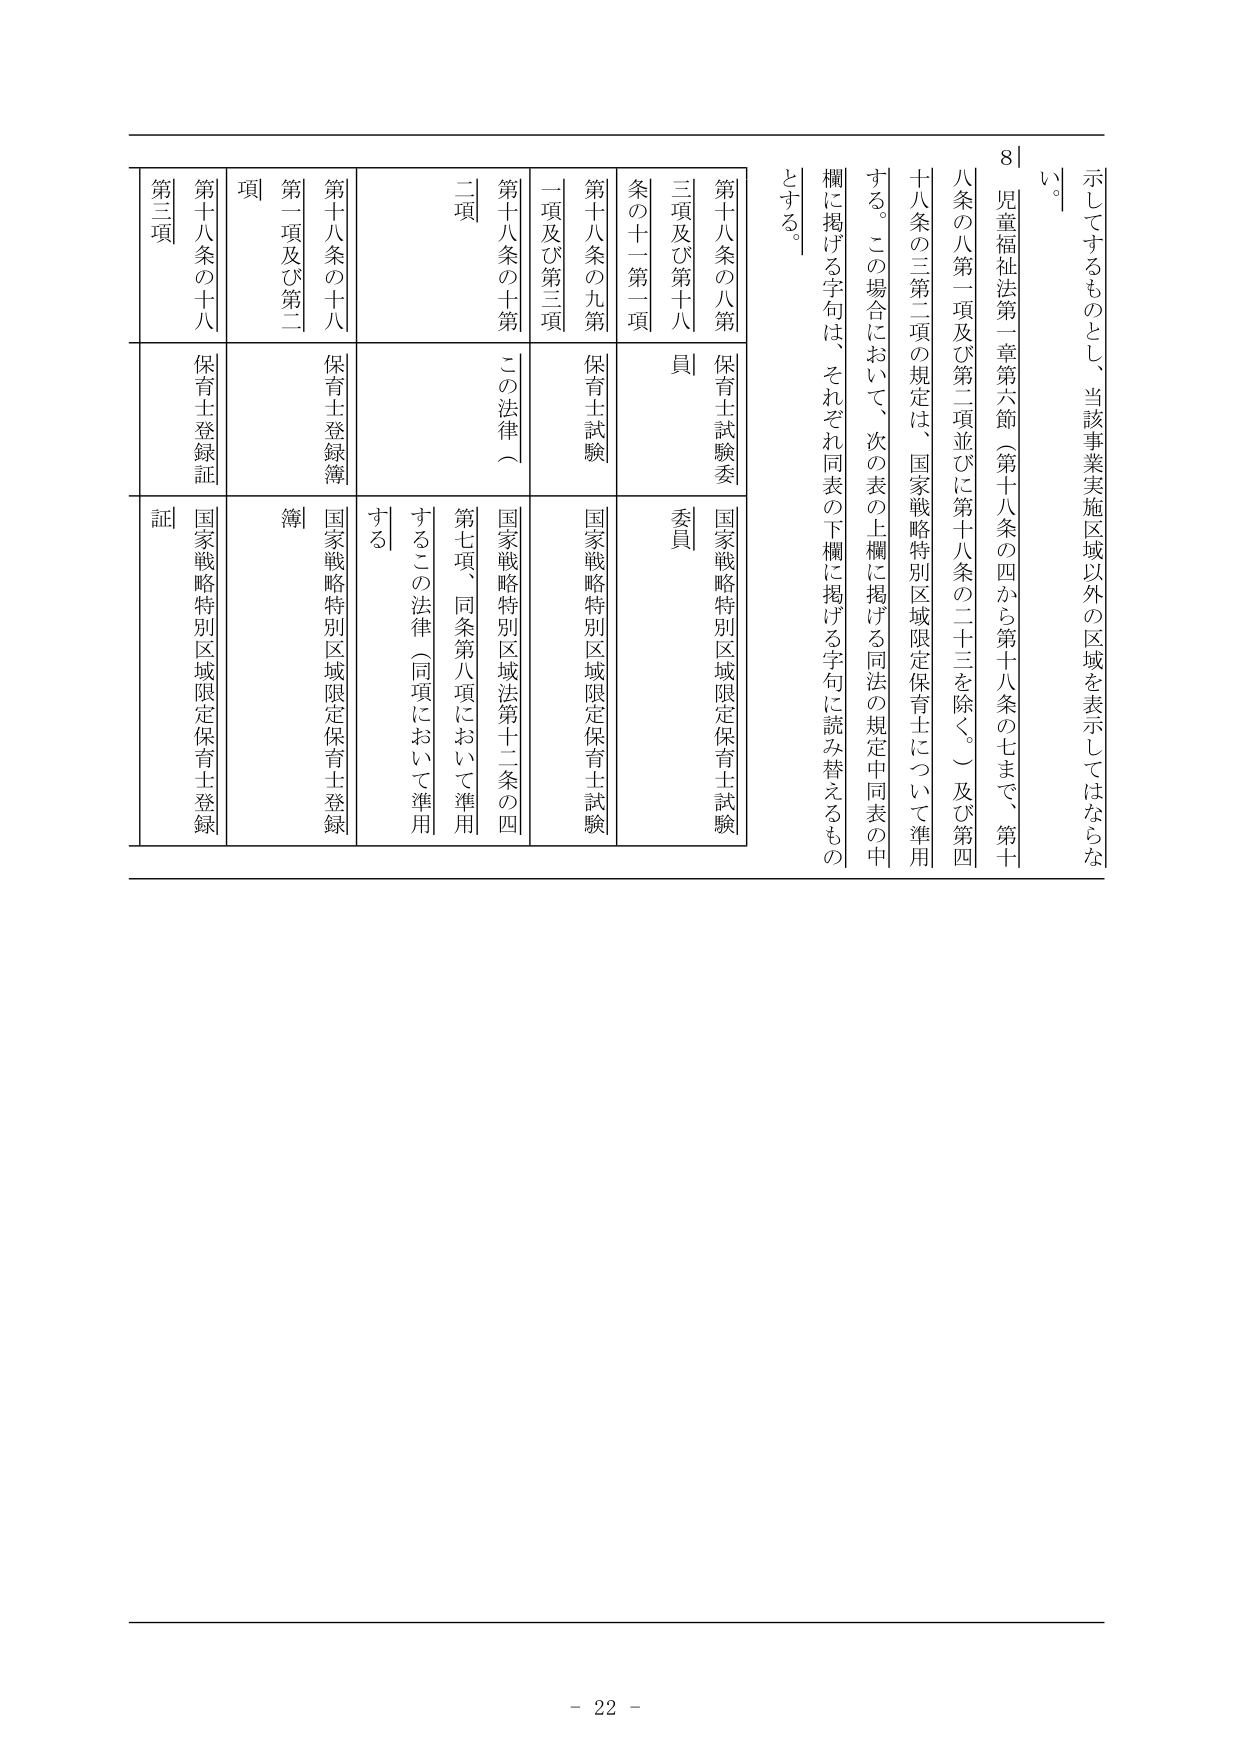
示してするものとし、当該事業実施区域以外の区域を表示してはならな
い。
8
児童福祉法第一章第六節（第十八条の四から第十八条の七まで、第十
八条の八第一項及び第二項並びに第十八条の二十三を除く。）及び第四
十八条の三第二項の規定は、国家戦略特別区域限定保育士について準用
する。この場合において、次の表の上欄に掲げる同法の規定中同表の中
欄に掲げる字句は、それぞれ同表の下欄に掲げる字句に読み替えるもの
とする。
第十八条の八第
三項及び第十八
条の十一第一項
第十八条の九第
一項及び第三項
第十八条の十第
二項
第十八条の十八
第一項及び第二
項
第十八条の十八
第三項
保育士試験委
員
保育士試験
この法律（
保育士登録簿
保育士登録証
国家戦略特別区域限定保育士試験
委員
国家戦略特別区域限定保育士試験
国家戦略特別区域法第十二条の四
第七項、同条第八項において準用
するこの法律（同項において準用
する
国家戦略特別区域限定保育士登録
簿
国家戦略特別区域限定保育士登録
証
- 22 -